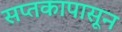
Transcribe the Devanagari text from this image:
सप्तकापासून